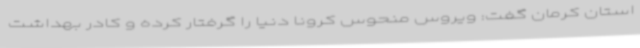
استان کرمان گفت: ویروس منحوس کرونا دنیا را گرفتار کرده و کادر بهداشت